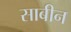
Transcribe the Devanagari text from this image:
साबीन